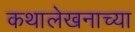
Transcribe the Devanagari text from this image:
कथालेखनाच्या